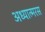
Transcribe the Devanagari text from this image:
अध्यात्मरस